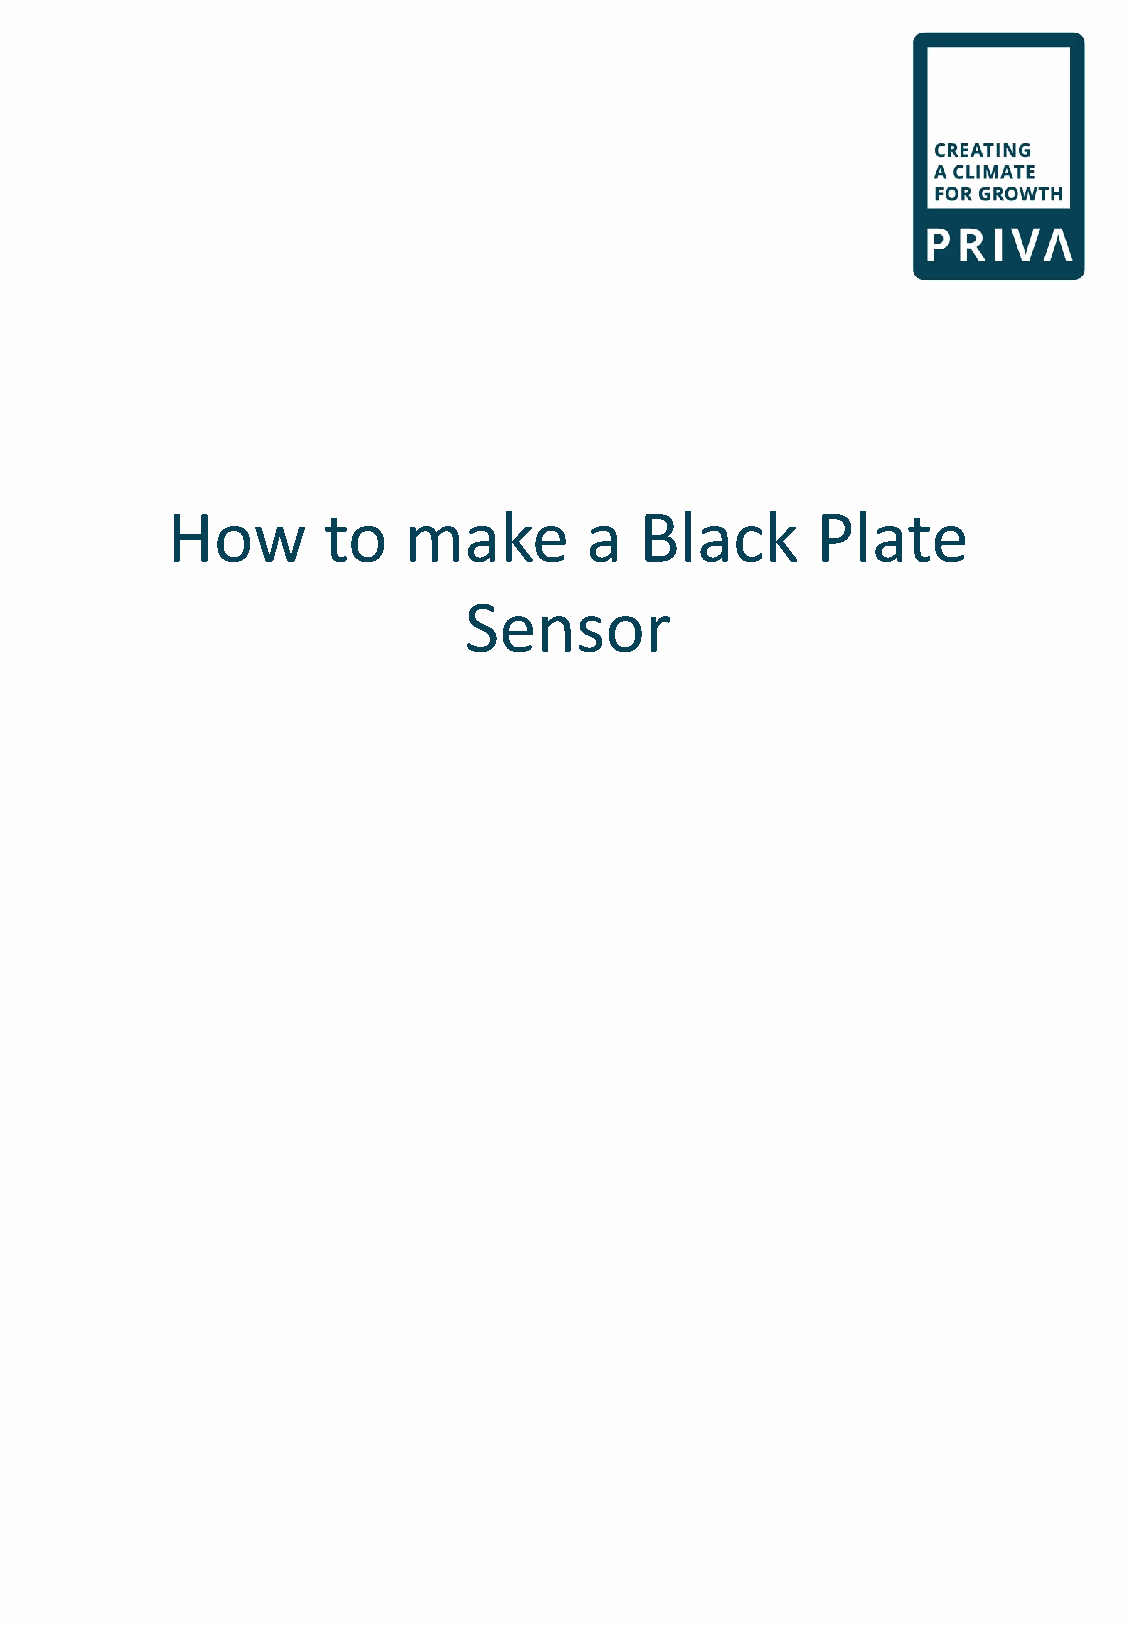
How       to    make        a  Black       Plate
 Sensor